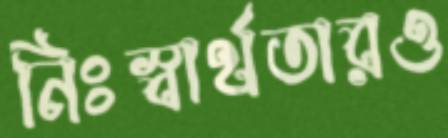
নিঃস্বার্থতারও